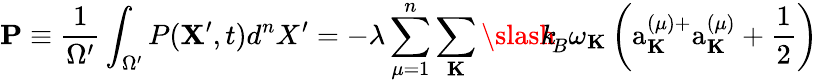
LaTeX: {\mathbf P}\equiv\frac{1}{{\Omega}^{\prime}}\int_{\Omega^{\prime}}P({\mathbf X^{\prime}},t)d^{n}X^{\prime}=-\lambda\sum_{\mu=1}^{n}\sum_{\mathbf K}{\slash\! \! \! k}_{\! {B}}\omega_{\mathbf K}\left(\mathrm{a}_{\mathbf K}^{(\mu)+}\mathrm{a}_{\mathbf K}^{(\mu)}+\frac{1}{2}\right)